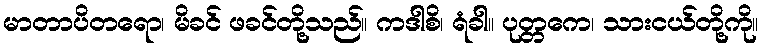
မာတာပိတရော၊ မိခင် ဖခင်တို့သည်။ ကဒါစိ၊ ရံခါ။ ပုတ္တကေ၊ သားငယ်တို့ကို။